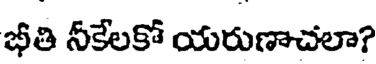
భీతి నీకేలకో యరుణాచలా?